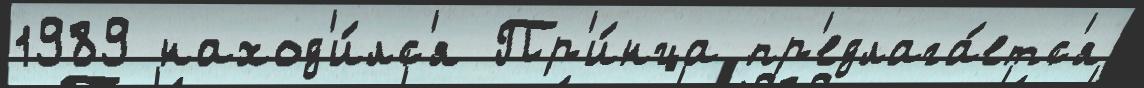
1989 наход'и́лс'я Пр'и́нца пр'едлага́етс'я